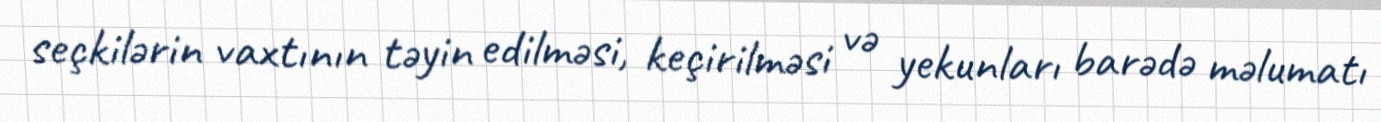
seçkilərin vaxtının təyin edilməsi, keçirilməsi və yekunları barədə məlumatı